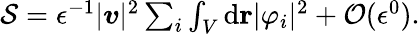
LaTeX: \begin{array}{r}{\mathcal{S}=\epsilon^{-1}\vert\boldsymbol{v}\vert^{2}\sum_{i}\int_{V}\mathrm{d}\mathbf{r}\vert\varphi_{i}\vert^{2}+\mathcal{O}(\epsilon^{0}).}\end{array}